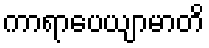
ကာရာပေယျာမာတိ